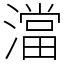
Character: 澢